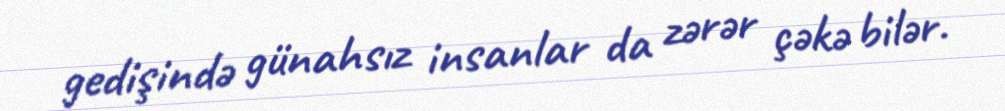
gedişində günahsız insanlar da zərər çəkə bilər.